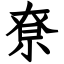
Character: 尞